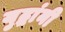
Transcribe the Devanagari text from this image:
युद्धांनी